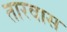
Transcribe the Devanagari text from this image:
तारवास